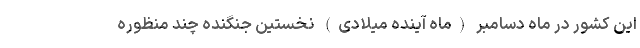
این کشور در ماه دسامبر (ماه آینده میلادی) نخستین جنگنده چند منظوره